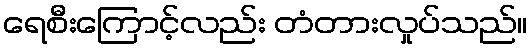
ရေစီးကြောင့်လည်း တံတားလှုပ်သည်။